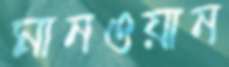
মানওয়ান